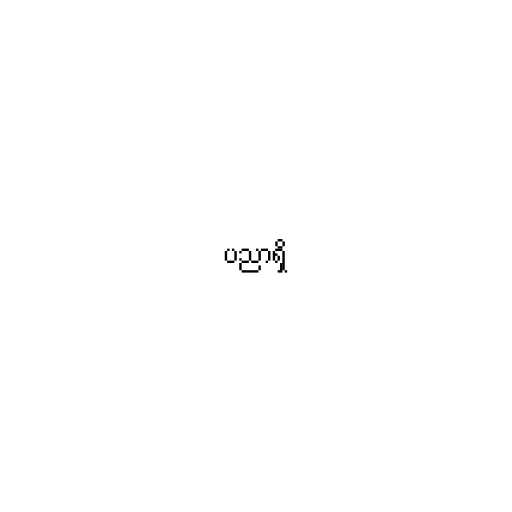
ပညာရှိ